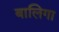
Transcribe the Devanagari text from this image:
बालिगा